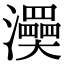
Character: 㶔